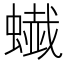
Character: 𧐦